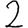
Digit: 2